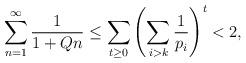
LaTeX: \begin{align*} \sum_{n = 1}^\infty \frac{1}{1+Qn} \leq \sum_{t \geq 0} \left( \sum_{i > k} \frac{1}{p_i} \right) ^t < 2, \end{align*}